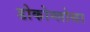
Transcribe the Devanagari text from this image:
डोकोग्लोसा